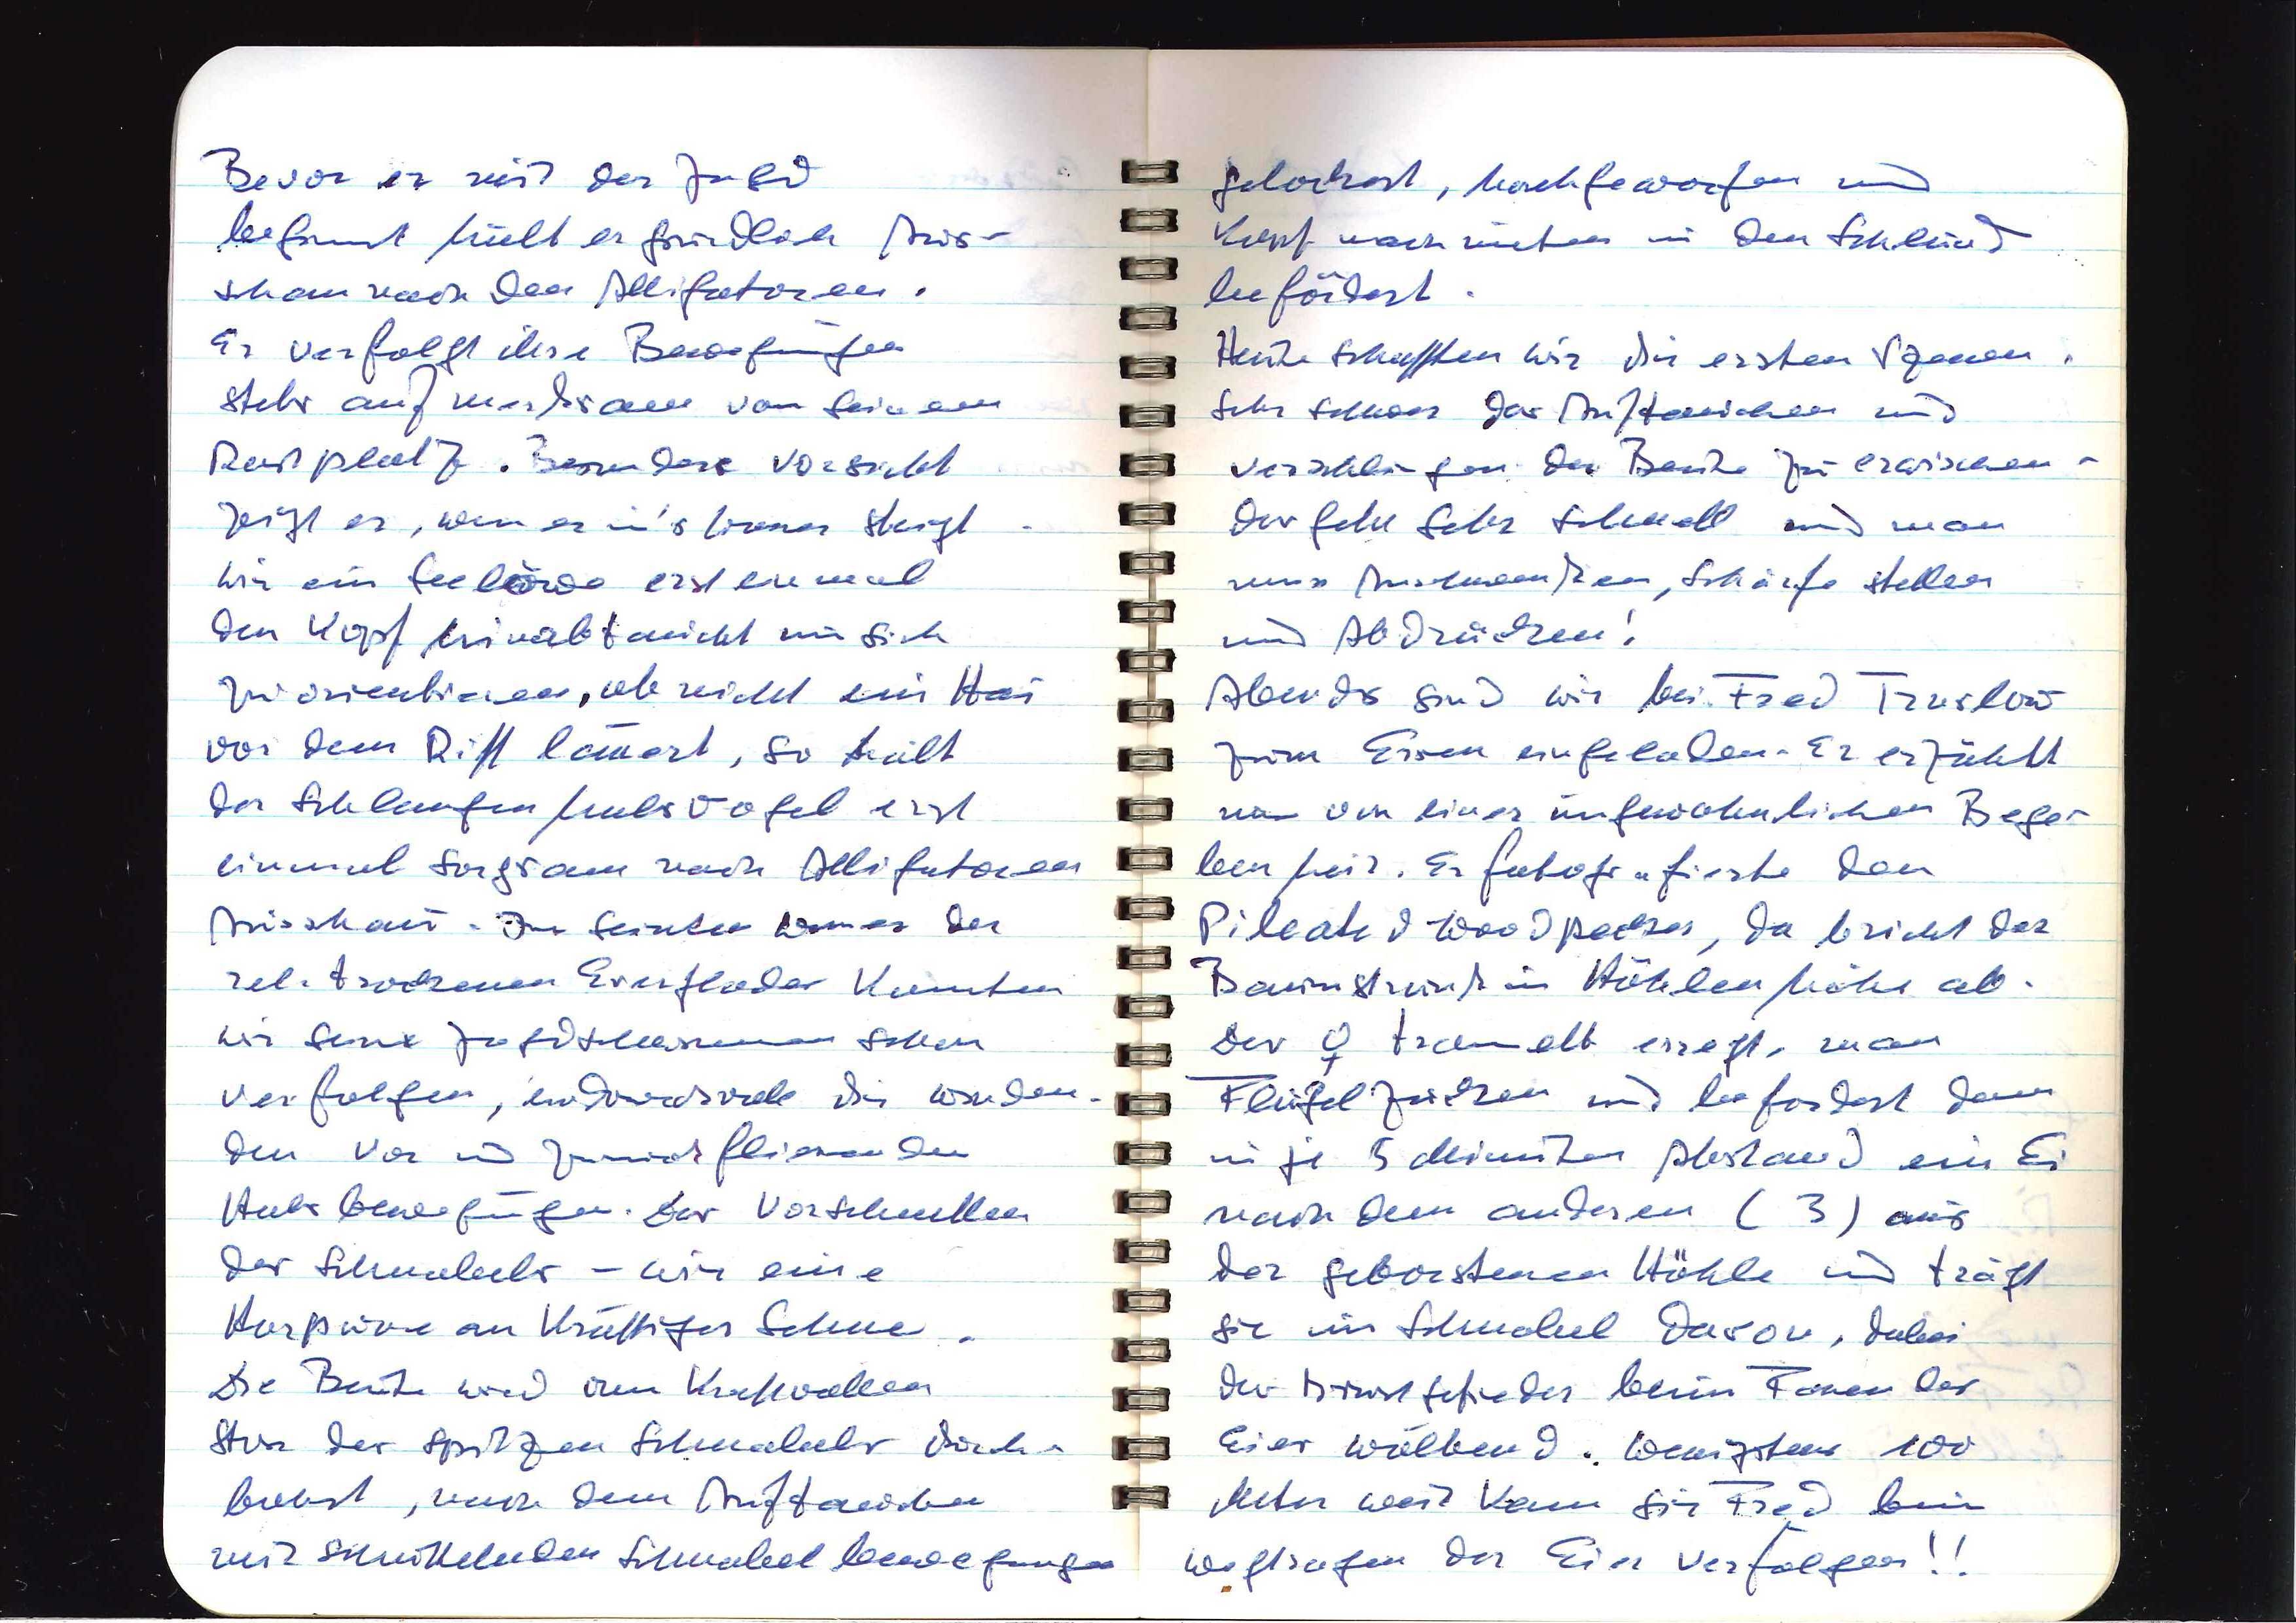
Bevor er mit der Jagd
beginnt hält er gründlich Aus¬
schau nach den Alligatoren.
Er verfolgt ihre Bewegungen
sehr aufmerksam von seinem
Rastplatz. Besondere Vorsicht
zeigt er, wenn er in's Wasser steigt.
Wie ein Seelöwe erst einmal
den Kopf hinabtaucht um sich
zu orientieren, ob nicht ein Hai
vor dem Riff lauert, so hält
der Schlangenhalsvogel erst
einmal sorgsam nach Alligatoren
Ausschau. Im seichten Wasser der
rel. trockenen Everglades konnten
wir seine Jagdtechniken selten
verfolgen, eindrucksvoll die winden¬
den vor und zurückfliehenden
Halsbewegungen. Das Vorschnellen
des Schnabels — wie eine
Harpune an kräftiger Sehne.
Die Beute wird vom kraftvollen
Stoss des spitzen Schnabels durch¬
bohrt, nach dem Auftauchen
mit schnellen Schnabelbewegungen

gelockert, hochgeworfen und
Kopf nach unten in den Schlund
befördert.
Heute schaffen wir die ersten Szenen.
Sehr schwer das Auftauchen und
Verschlingen der Beute zu erwischen —
das geht sehr schnell und man
muss Anschwenken, Schärfe stellen
und Abdrücken!
Abends sind wir bei Fred Truslow
zum Essen eingeladen. Er erzählt
uns von einer ungewöhnlichen Bege¬
benheit. Er fotografierte den
Pileated Woodpecker, da bricht der
Baumstrunk in Höhlenhöhe ab.
Der ♀ trampelt erregt, seine
Flügel zucken und befördert dann
in je 5 Minuten Abstand ein Ei
nach dem anderen (3) aus
der geborstenen Höhle und trägt
sie im Schnabel davon, dabei
das Brustgefieder beim Tarnen der
Eier wölbend. Wenigstens 100
Meter weit kann sie Fred beim
Wegtragen der Eier verfolgen!!